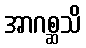
အာဂစ္ဆသိ